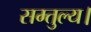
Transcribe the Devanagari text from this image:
सम्तुल्य।